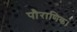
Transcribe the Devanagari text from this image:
पौराणिक।